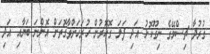
ގުރުދާ ޗިސްމޭގެ ނިގޫކޮޅު އަދި ފަލަ ގޮހޮރުން ހުރަހަށްވާގޮތަށް އޮންނަ ބަޔާއި އަދި